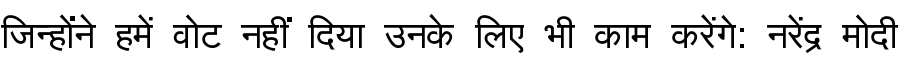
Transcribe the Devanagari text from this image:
जिन्होंने हमें वोट नहीं दिया उनके लिए भी काम करेंगे: नरेंद्र मोदी